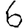
Digit: 6